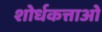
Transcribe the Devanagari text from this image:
शोर्धकत्ताओं